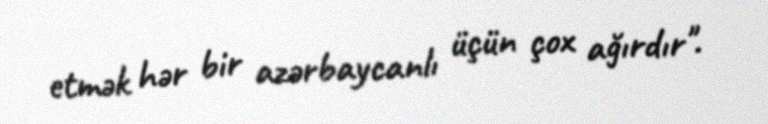
etmək hər bir azərbaycanlı üçün çox ağırdır".